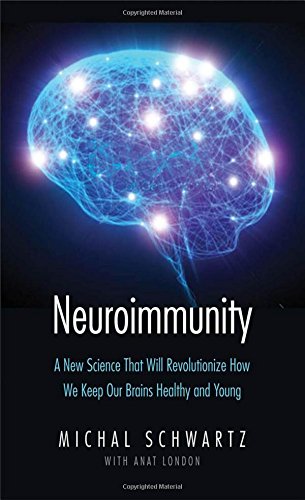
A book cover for Neuroimmunity: A New Science That Will Revolutionize How We Keep Our Brains Healthy and Young; Michal Schwartz; Medical Books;